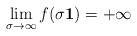
LaTeX: \begin{align*} \lim_{\sigma \rightarrow \infty} f (\sigma {\bf 1}) = + \infty\end{align*}